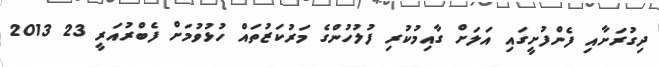
ދިގުރަށާއި ފެންފުށީގައި އަލަށް ގާއިމުކުރި ފުލުހުންގެ މަރުކަޒުތައް ހުޅުވުމަށް ފެބްރުއަރީ 23 2013